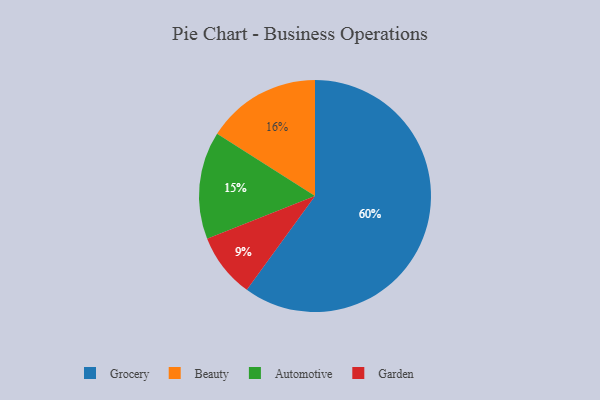
{"axis": {"x": "Category", "y": "Percentage"}, "legend": ["Automotive", "Beauty", "Garden", "Grocery"], "data": [{"x": "Beauty", "y": 16, "type": "Beauty"}, {"x": "Grocery", "y": 60, "type": "Grocery"}, {"x": "Garden", "y": 9, "type": "Garden"}, {"x": "Automotive", "y": 15, "type": "Automotive"}]}